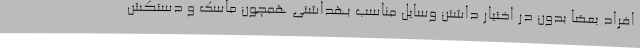
افراد بعضا بدون در اختیار داشتن وسایل مناسب بهداشتی همچون ماسک و دستکش